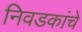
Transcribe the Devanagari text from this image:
निवडकांचे